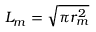
L _ { m } = \sqrt { \pi r _ { m } ^ { 2 } }